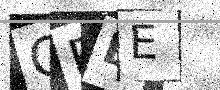
Text: ORBE